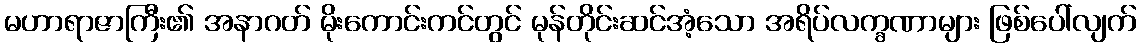
မဟာရာဇာကြီး၏ အနာဂတ် မိုးကောင်းကင်တွင် မုန်တိုင်းဆင်အံ့သော အရိပ်လက္ခဏာများ ဖြစ်ပေါ်လျက်